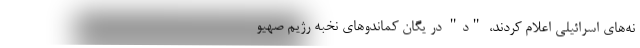
نه‌های اسرائیلی اعلام کردند، "د" در یگان کماندوهای نخبه رژیم صهیو